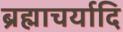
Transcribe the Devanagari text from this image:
ब्रह्माचर्यादि